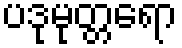
ပဒုမုတ္တရော